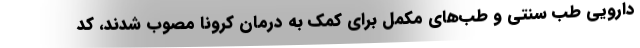
دارویی طب سنتی و طب‌های مکمل برای کمک به درمان کرونا مصوب شدند، کد